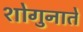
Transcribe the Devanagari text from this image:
शोगुनाते